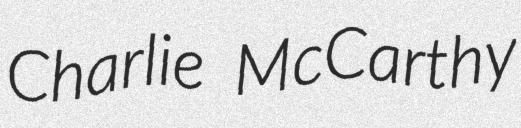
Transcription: Charlie McCarthy